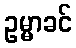
ဥမ္မာခင်